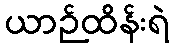
ယာဉ်ထိန်းရဲ